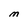
Character: M